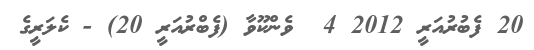
20 ފެބުރުއަރީ 2012 4  ވެންކޫވާ (ފެބްރުއަރީ 20) - ކެލަރީގެ